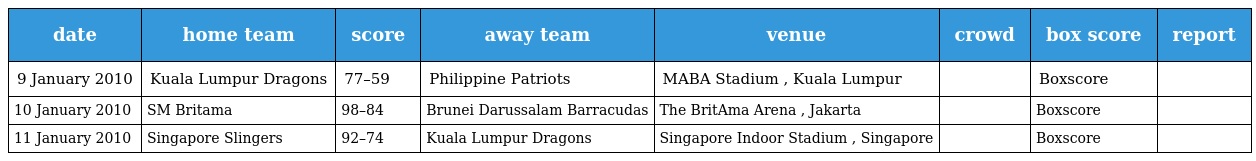
| date | home team | score | away team | venue | crowd | box score | report |
 | --- | --- | --- | --- | --- | --- | --- | --- |
 | 9 January 2010 | Kuala Lumpur Dragons | 77–59 | Philippine Patriots | MABA Stadium , Kuala Lumpur |  | Boxscore |  |
 | 10 January 2010 | SM Britama | 98–84 | Brunei Darussalam Barracudas | The BritAma Arena , Jakarta |  | Boxscore |  |
 | 11 January 2010 | Singapore Slingers | 92–74 | Kuala Lumpur Dragons | Singapore Indoor Stadium , Singapore |  | Boxscore |  |